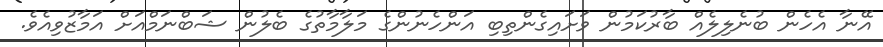
އޭނާ އެހެން ބުނެލިލެއް ބާރުކަމުން ވަށައިގެންތިބި އަންހެނުންގެ މަލާމާތުގެ ބެލުން ޝަބްނަމްއަށް އަމާޒުވިއެވެ.